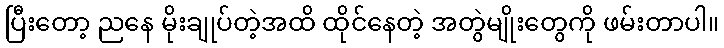
ပြီးတော့ ညနေ မိုးချုပ်တဲ့အထိ ထိုင်နေတဲ့ အတွဲမျိုးတွေကို ဖမ်းတာပါ။